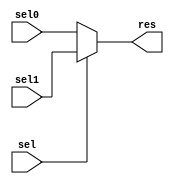
module mux #(parameter WIDTH = 32)(input wire [WIDTH-1:0] sel0,
                                    input wire [WIDTH-1:0] sel1,
                                    input wire sel,
                                    output wire [WIDTH-1:0] res);
	assign res = sel ? sel1 : sel0;  
endmodule